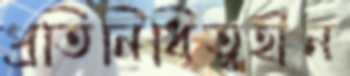
প্রতিনিধিত্বহীন